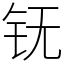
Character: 䥻